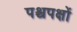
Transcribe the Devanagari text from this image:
पश्चपक्षों